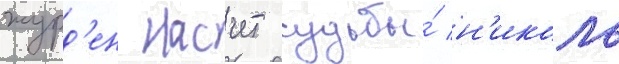
журд'ен насчет судьбы́ н'иколь